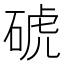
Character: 𥓚